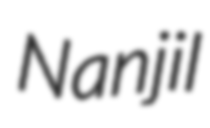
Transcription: Nanjil